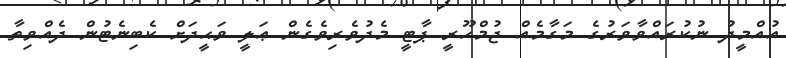
އުއްމީދު ނުކުރައްވާވަރުގެ މަގާމެއް ޖުމްހޫރީ ޕާޓީ މެދުވެރިވެގެން ޢަލީ ވަޙީދަށް ކެބިނެޓުން ދެއްވިތާ